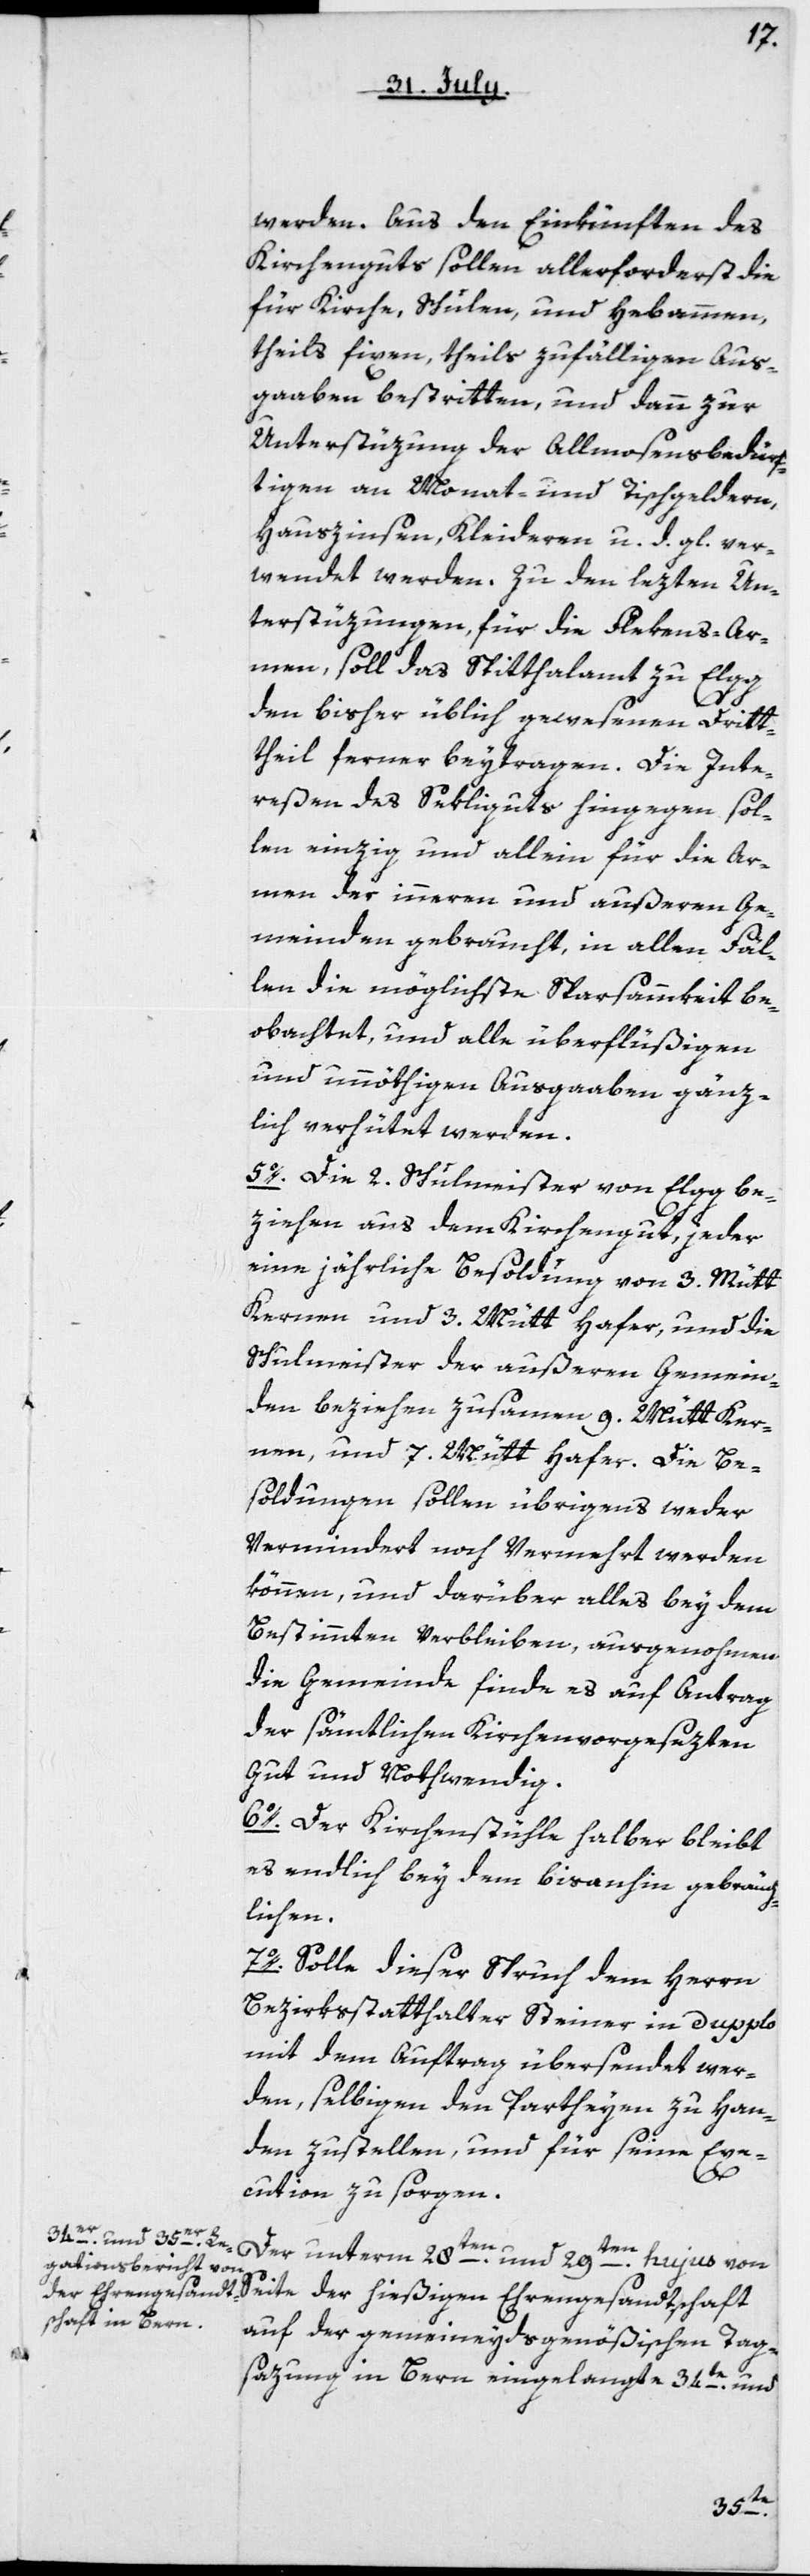
werden. Aus den Einkünften des
Kirchenguts sollen allerforderst die
für Kirche, Schulen und Hebammen,
theils fixen, theils zufälligen Aus¬
gaben bestritten, und dann zur
Unterstützung der Almosenbedürf¬
tigen an Monat- und Tischgeldern,
Hauszinsen, Kleideren u. d. gl. ver¬
wendet werden. Zu den lezten Un¬
terstüzungen, für die Flekens-Ar¬
men, soll das Spitalamt zu Elgg
den bisher üblich gewesenen Dritt¬
theil ferner beitragen. Die Inte¬
reßen des Sekliguts hingegen sol¬
len einzig und allein für die Ar¬
men der inneren und äußeren Ge¬
meinden gebraucht, in allen Fäl¬
len die möglichste Sparsamkeit be¬
obachtet, und alle überflüßigen
und unnöthigen Ausgaben gänz¬
lich verhütet werden.
5o. Die 2 Schulmeister von Elgg be¬
ziehen aus dem Kirchengut, jeder
eine jährliche Besoldung von 3 Mütt
Kernen und 3 Mütt Hafer, und die
Schulmeister der außeren Gemein¬
den beziehen zusammen 9 Mütt Ker¬
nen und 7 Mütt Hafer. Die Be¬
soldungen sollen übrigens weder
vermindert noch vermehrt werden
können, und darüber alles bey dem
Bestimmten verbleiben, ausgenommen
die Gemeinde finde es auf Antrag
der sämtlichen Kirchenvorgesezten
gut und notwendig.
6o. Der Kirchenstühle halber bleibt
es endlich bey dem bis anhin Gebräuch¬
lichen.
7o. Solle dieser Spruch dem Herrn
Bezirksstatthalter Steiner in Dupplo
mit dem Auftrag übersendet wer¬
den, selbigen den Partheyen zu Han¬
den zustellen, und für seine Exe¬
cution zu sorgen.
Der unterm 28ten und 29ten hujus von
Seite der hießigen Ehrengesandtschaft
auf der gemeineydsgenößischen Tag¬
satzung in Bern eingelangte 34te und